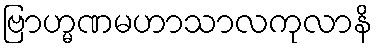
ဗြာဟ္မဏမဟာသာလကုလာနိ